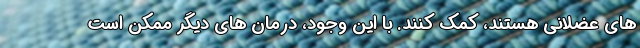
های عضلانی هستند، کمک کنند. با این وجود، درمان های دیگر ممکن است